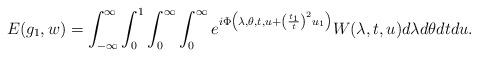
\begin{align*} E(g_1, w) = \int_{-\infty}^\infty \int_0^1 \int_0^\infty\int_0^\infty e^{i \Phi\left(\lambda, \theta, t, u + \left(\frac{t_1}{t} \right)^2 u_1\right)}W(\lambda, t, u) d\lambda d\theta dt du.\end{align*}